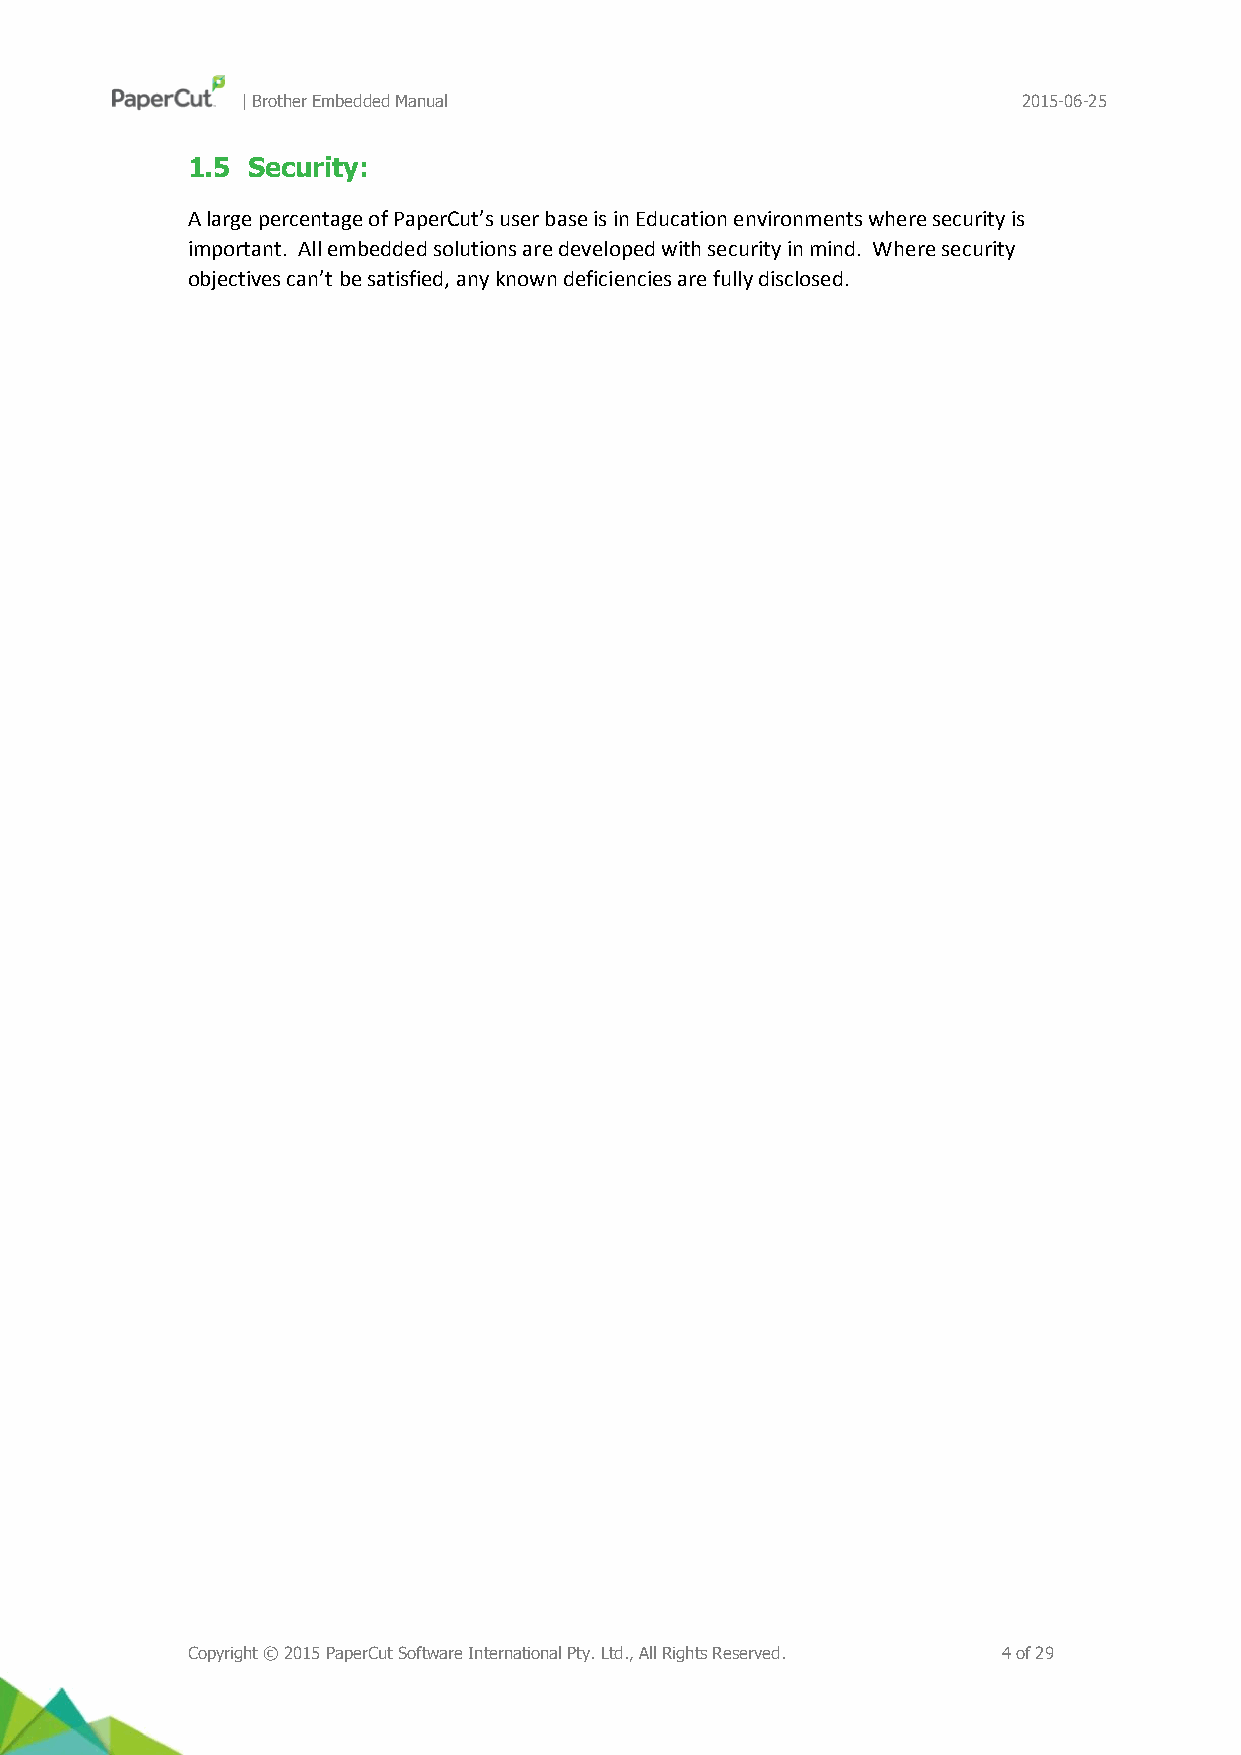
| Brother Embedded Manual                           2015-06-25
 1.5 Security:
 A large percentage of PaperCut’s user base is in Education environments where security is
 important. All embedded solutions are developed with security in mind. Where security
 objectives can’t be satisfied, any known deficiencies are fully disclosed.
 Copyright © 2015 PaperCut Software International Pty. Ltd., All Rights Reserved. 4 of 29